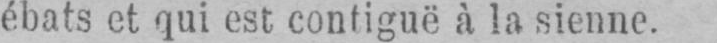
ébats et qui est contiguë à la sienne.